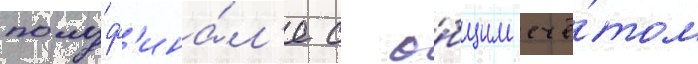
полуф'ина́л'е с о́бщим счё́том